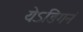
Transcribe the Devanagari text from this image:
येऽङिगनं